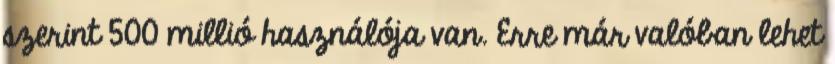
szerint 500 millió használója van. Erre már valóban lehet